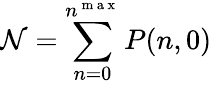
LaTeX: \mathcal{N}=\sum_{n=0}^{n^{\mathrm{~m~a~x~}}}P(n,0)